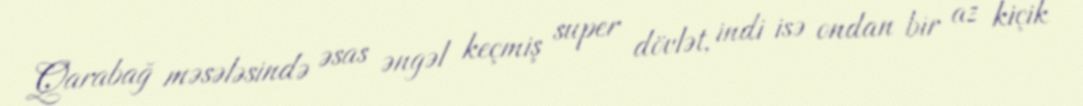
Qarabağ məsələsində əsas əngəl keçmiş super dövlət, indi isə ondan bir az kiçik